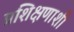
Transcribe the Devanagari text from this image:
प्रशिक्षणाशी